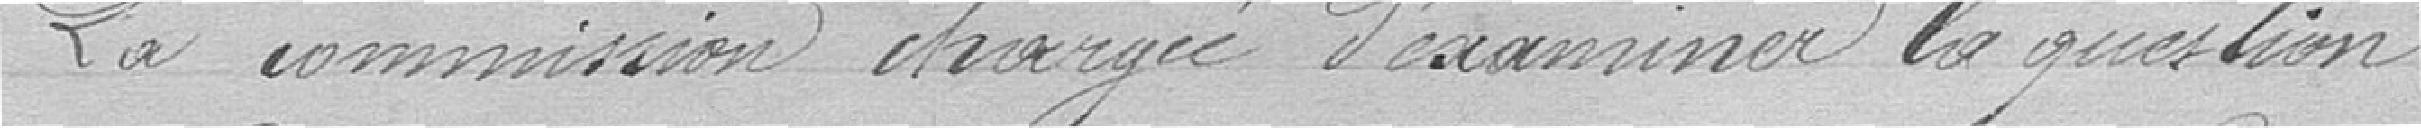
La commission chargé d'examiner la question